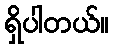
ရှိပါတယ်။